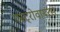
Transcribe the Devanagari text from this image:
एस्ट्रोवायरस